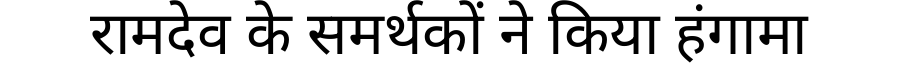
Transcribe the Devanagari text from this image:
रामदेव के समर्थकों ने किया हंगामा